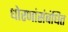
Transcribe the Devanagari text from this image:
धोरणांसंबंधित